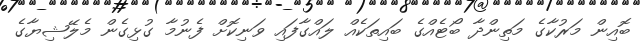
ބޮއިން މަރުކާގެ މަތިންދާ ބޯޓެއްގެ ބައިތަކެއް ލައްގާފައި ވަނިކޮށް ފެނުމާ ގުޅިގެން މެލޭޝިޔާގެ